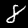
Digit: 8